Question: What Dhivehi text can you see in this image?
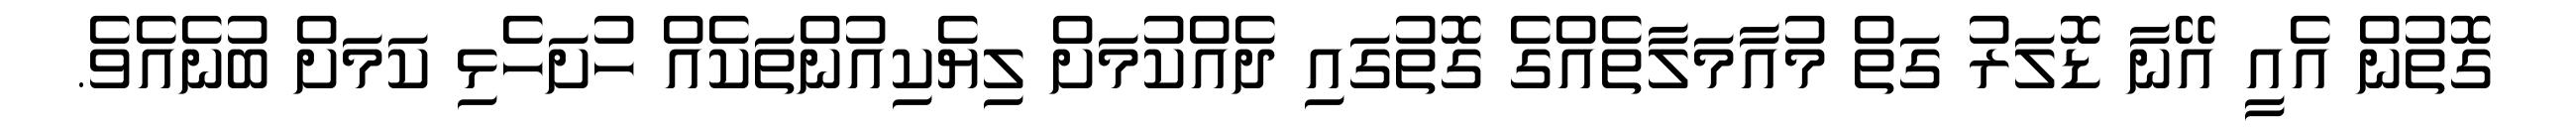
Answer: ގޮތުން އެއީ އޭނާ ޑޮލަރު ގަތް މުއާމަލާތެއްގެ ގޮތުގައި ދެއްކުމަށް ލިޔެކިއުންތަކެއް ހުށަހެޅި ކަމަށް ބުނެއެވެ.